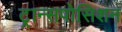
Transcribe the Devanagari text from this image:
ट्रान्सपोसिशन